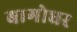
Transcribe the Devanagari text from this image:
बागोधर